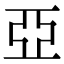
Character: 亞